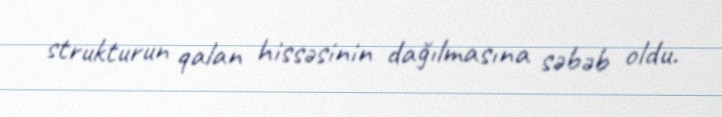
strukturun qalan hissəsinin dağılmasına səbəb oldu.